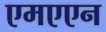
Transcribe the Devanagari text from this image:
एमएएन